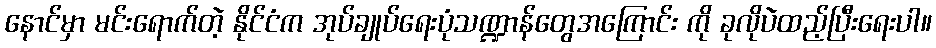
နောင်မှာ မင်းရောက်တဲ့ နိုင်ငံက အုပ်ချုပ်ရေးပုံသဏ္ဍာန်တွေအကြောင်း ကို ခုလိုပဲထည့်ပြီးရေးပါ။